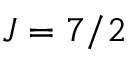
J = 7 / 2